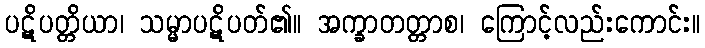
ပဋိပတ္တိယာ၊ သမ္မာပဋိပတ်၏။ အက္ခာတတ္တာစ၊ ကြောင့်လည်းကောင်း။